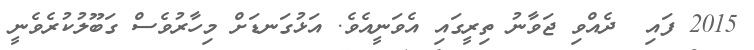
2015 ފައި  ދެއްވި ޖަވާނު ތިރީގައި އެވަނީއެވެ. އަޅުގަނޑަށް މިހާރުވެސް ގަބޫލުކުރެވެނީ